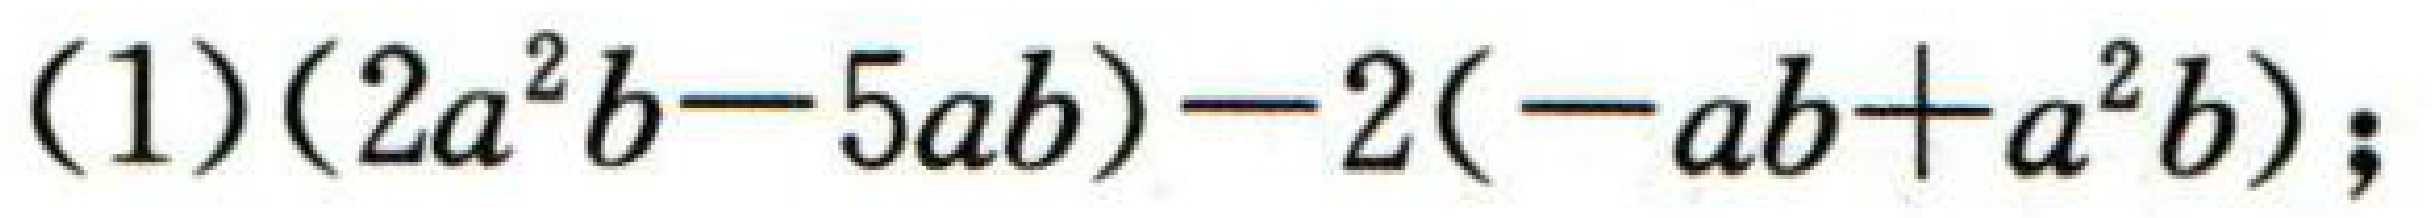
(1)\((2a^{2}b - 5ab)-2(-ab + a^{2}b)\);